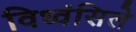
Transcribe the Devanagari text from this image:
विध्वंसिले